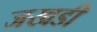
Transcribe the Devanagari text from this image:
जखडी